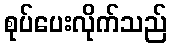
စုပ်ပေးလိုက်သည်